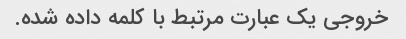
خروجی یک عبارت مرتبط با کلمه داده شده.